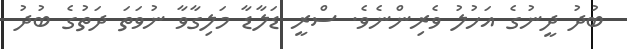
ބުދު ދީނުގެ އަހުލު ވެރިންނެވެ. ސްރީ ޑަލާޑާ މަލިގާވާ ނުވަތަ ދަތުގެ ބުދު